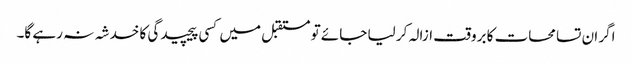
اگر ان تسامحات کا بروقت ازالہ کر لیا جائے تو مستقبل میں کسی پیچیدگی کا خدشہ نہ رہے گا۔